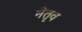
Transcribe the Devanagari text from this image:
नेतृव